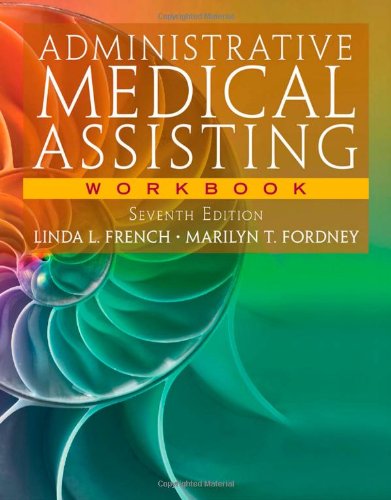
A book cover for Workbook for French/Fordney's Administrative Medical Assisting, 7th; Linda L. French; Medical Books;